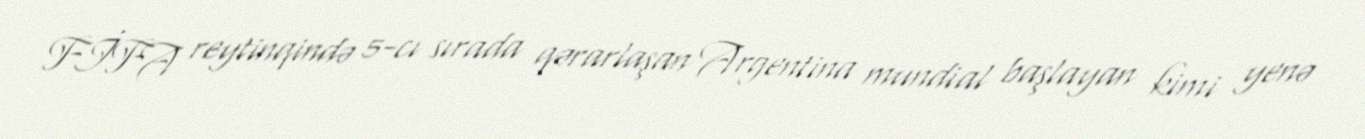
FİFA reytinqində 5-cı sırada qərarlaşan Argentina mundial başlayan kimi yenə